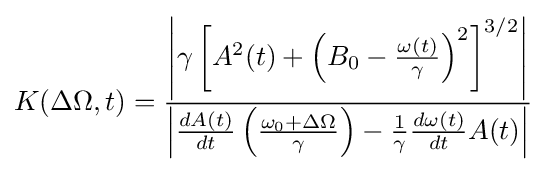
K(\Delta \Omega ,t)={\frac {\left\vert \gamma \left[A^{2}(t)+\left(B_{0}-{\frac {\omega (t)}{\gamma }}\right)^{2}\right]^{3/2}\right\vert }{\left\vert {\frac {dA(t)}{dt}}\left({\frac {\omega _{0}+\Delta \Omega }{\gamma }}\right)-{\frac {1}{\gamma }}{\frac {d\omega (t)}{dt}}A(t)\right\vert }}